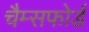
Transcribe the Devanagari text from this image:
चैम्सफोर्ड